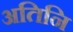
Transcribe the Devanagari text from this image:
अतिनि